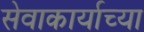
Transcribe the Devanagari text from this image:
सेवाकार्याच्या